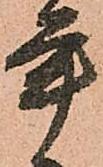
年